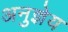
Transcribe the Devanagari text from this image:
अनुज्ञेय